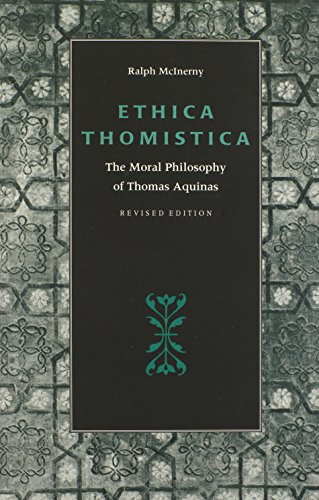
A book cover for Ethica Thomistica, Revised Edition: The Moral Philosophy of Thomas Aquinas; Ralph M. McInerny; Politics & Social Sciences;